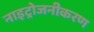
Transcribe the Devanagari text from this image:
नाइट्रोजनीकरण